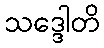
သဒ္ဒေါတိ